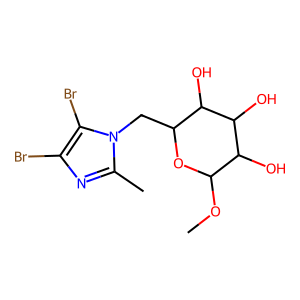
SMILES: COC1OC(Cn2c(C)nc(Br)c2Br)C(O)C(O)C1O
Inhibits HIV replication: No